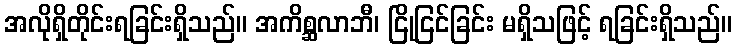
အလိုရှိတိုင်းရခြင်းရှိသည်။ အကိစ္ဆလာဘီ၊ ငြိုငြင်ခြင်း မရှိသဖြင့် ရခြင်းရှိသည်။